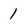
Character: 1